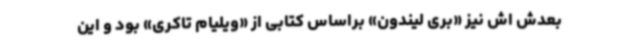
بعدش اش نیز «بری لیندون» براساس کتابی از «ویلیام تاکری» بود و این